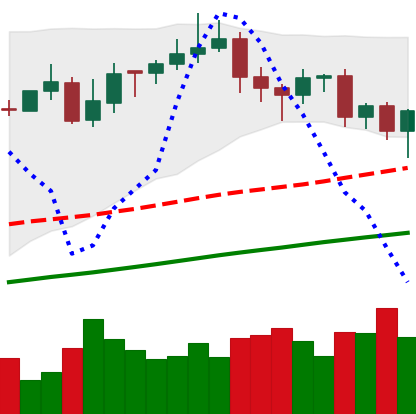
Ticker: XMR-USD
Chart end date: 2020-11-05
Forward return: -3.737%
Label: down_3_5